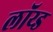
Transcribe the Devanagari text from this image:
लॉय्ड